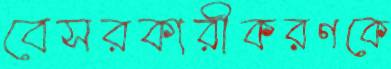
বেসরকারীকরণকে